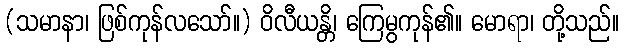
(သမာနာ၊ ဖြစ်ကုန်လသော်။) ဝိလီယန္တိ၊ ကြေမွကုန်၏။ မောရာ၊ တို့သည်။